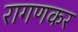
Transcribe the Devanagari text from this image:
रागणकर